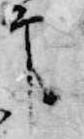
印